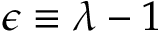
\epsilon \equiv \lambda - 1